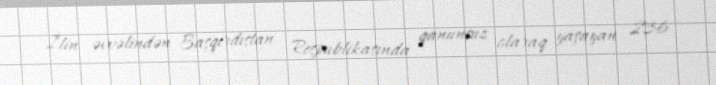
İlin əvvəlindən Başqırdıstan Respublikasında qanunsuz olaraq yaşayan 236